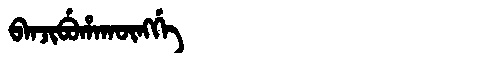
Manchu: ᠪᠠᠨᠵᡳᠪᡠᡥᠠᡴᡡᠩᡤᡝ
Romanization: BANJIBUHAKŪNGGE